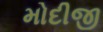
મોદીજી